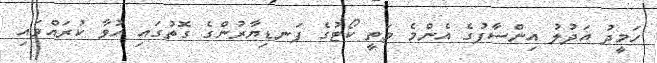
ހަމީދު އަދުލު އިންސާފުގެ އެންމެ މަތީ ކޯޓުގެ ފަނޑިޔާރުންގެ ގޮތުގައި ހުވާ ކުރައްވައި